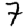
Digit: 7